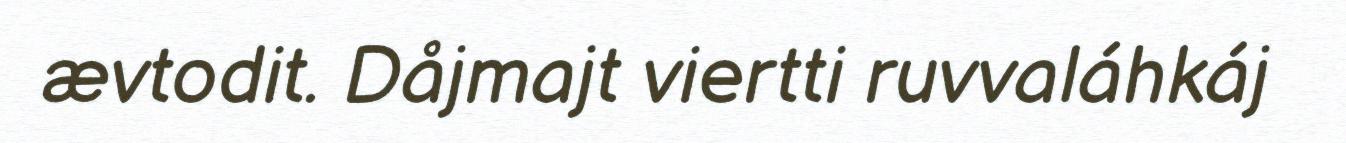
ævtodit. Dåjmajt viertti ruvvaláhkáj